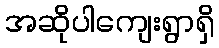
အဆိုပါကျေးရွာရှိ